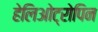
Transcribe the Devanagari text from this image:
हेलिओट्रोपिन